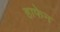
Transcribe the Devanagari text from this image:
हाफेन